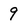
Character: 9